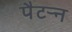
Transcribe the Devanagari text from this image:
पैटऱ्न